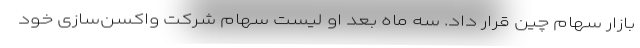
بازار سهام چین قرار داد. سه ماه بعد او لیست سهام شرکت واکسن‌سازی خود